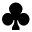
\clubsuit